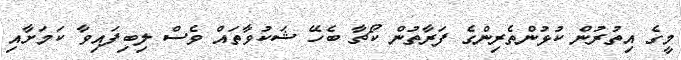
މީގެ އިތުރުން ކުޅުންތެރިންގެ ފަރާތުން ކޯޗާ ބެހޭ ޝަކުވާތައް ވެސް ލިބިފައިވާ ކަމަށާއި